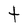
Character: t